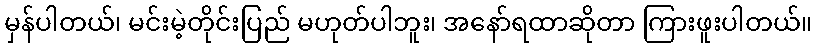
မှန်ပါတယ်၊ မင်းမဲ့တိုင်းပြည် မဟုတ်ပါဘူး၊ အနော်ရထာဆိုတာ ကြားဖူးပါတယ်။